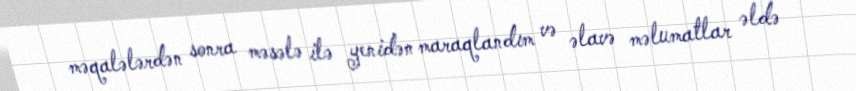
məqalələrdən sonra məsələ ilə yenidən maraqlandım və əlavə məlumatlar əldə